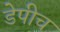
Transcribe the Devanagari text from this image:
डेपीच